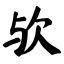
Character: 欤